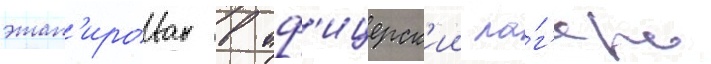
этап'ирован в оф'ицерск'ии ла́г'ерь